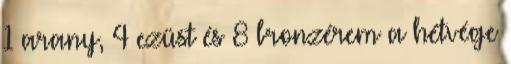
1 arany, 4 ezüst és 8 bronzérem a hétvége